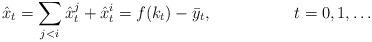
LaTeX: \begin{align*}\hat{x}_t = \sum_{j < i} \hat{x}_t^j + \hat{x}_t^i = f(k_t) - \bar{y}_t, & & t=0,1,\ldots\end{align*}